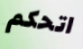
اتحكم